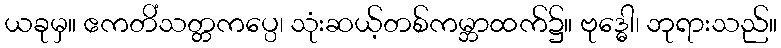
ယခုမှ။ ဧကတိံသတ္တကပ္ပေ၊ သုံးဆယ့်တစ်ကမ္ဘာထက်၌။ ဗုဒ္ဓေါ၊ ဘုရားသည်။